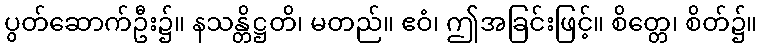
ပွတ်ဆောက်ဦး၌။ နသန္တိဋ္ဌတိ၊ မတည်။ ဧဝံ၊ ဤအခြင်းဖြင့်။ စိတ္တေ၊ စိတ်၌။